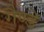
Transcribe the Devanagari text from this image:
गैण्डें